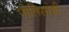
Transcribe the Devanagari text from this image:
पोलिसांशी